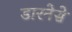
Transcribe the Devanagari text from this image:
डारनेसे